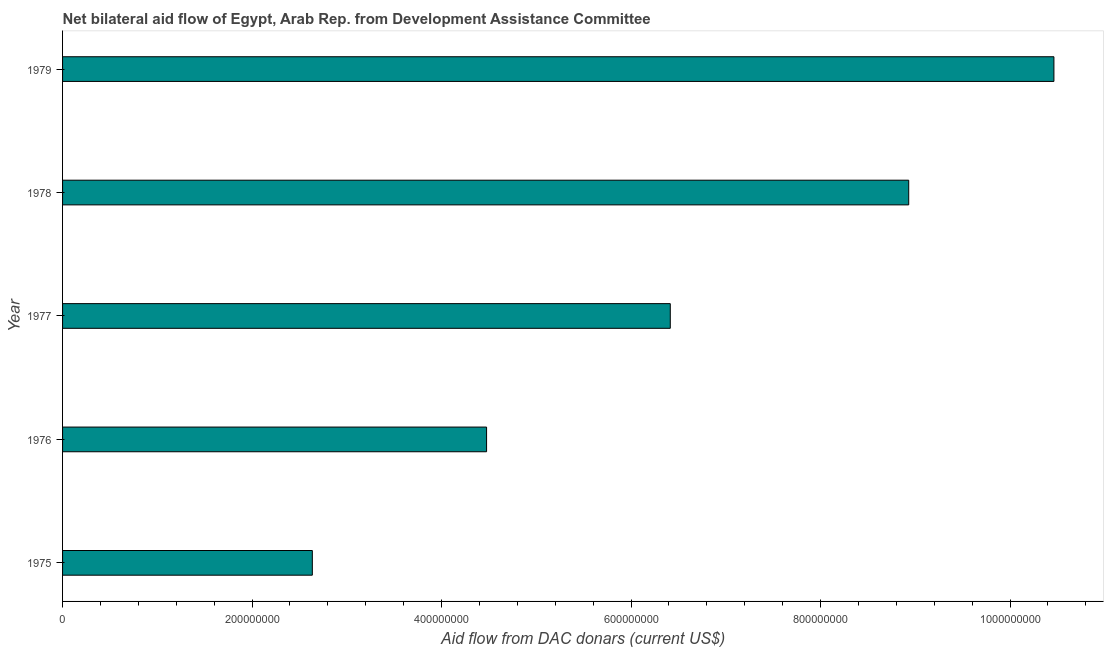
| Year | Net bilateral aid flows from DAC donors |
 | --- | --- |
 | 1975 | 2.64e+08 |
 | 1976 | 4.48e+08 |
 | 1977 | 6.41e+08 |
 | 1978 | 8.93e+08 |
 | 1979 | 1.05e+09 |